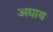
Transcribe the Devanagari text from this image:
अद्याय